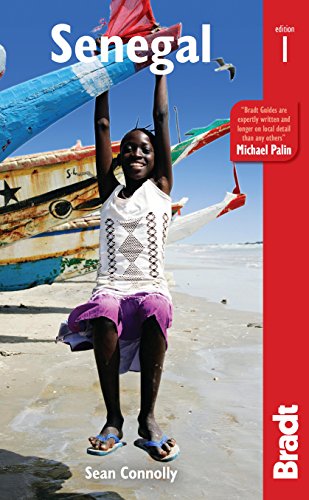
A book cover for Senegal (Bradt Travel Guide); Sean Connolly; Travel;